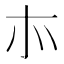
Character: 㝳